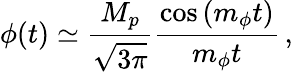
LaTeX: \phi(t)\simeq\frac{M_{p}}{\sqrt{3\pi}}\frac{\cos\left(m_{\phi}t\right)}{m_{\phi}t}\, ,